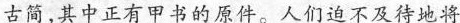
古简，其中正有甲书的原件。人们迫不及待地将